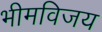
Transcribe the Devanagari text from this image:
भीमविजय